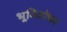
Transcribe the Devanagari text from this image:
भूमिशोधन